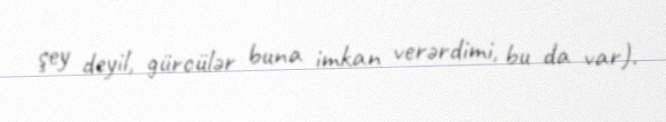
şey deyil, gürcülər buna imkan verərdimi, bu da var).